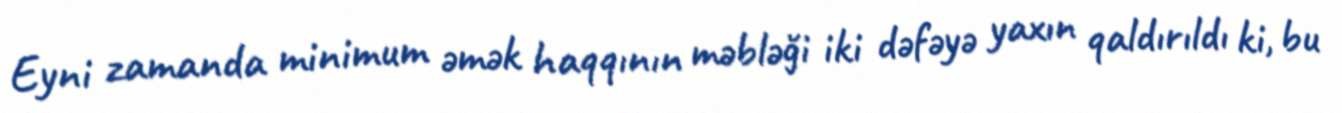
Eyni zamanda minimum əmək haqqının məbləği iki dəfəyə yaxın qaldırıldı ki, bu